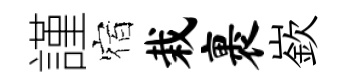
謹宿栽裹嶔